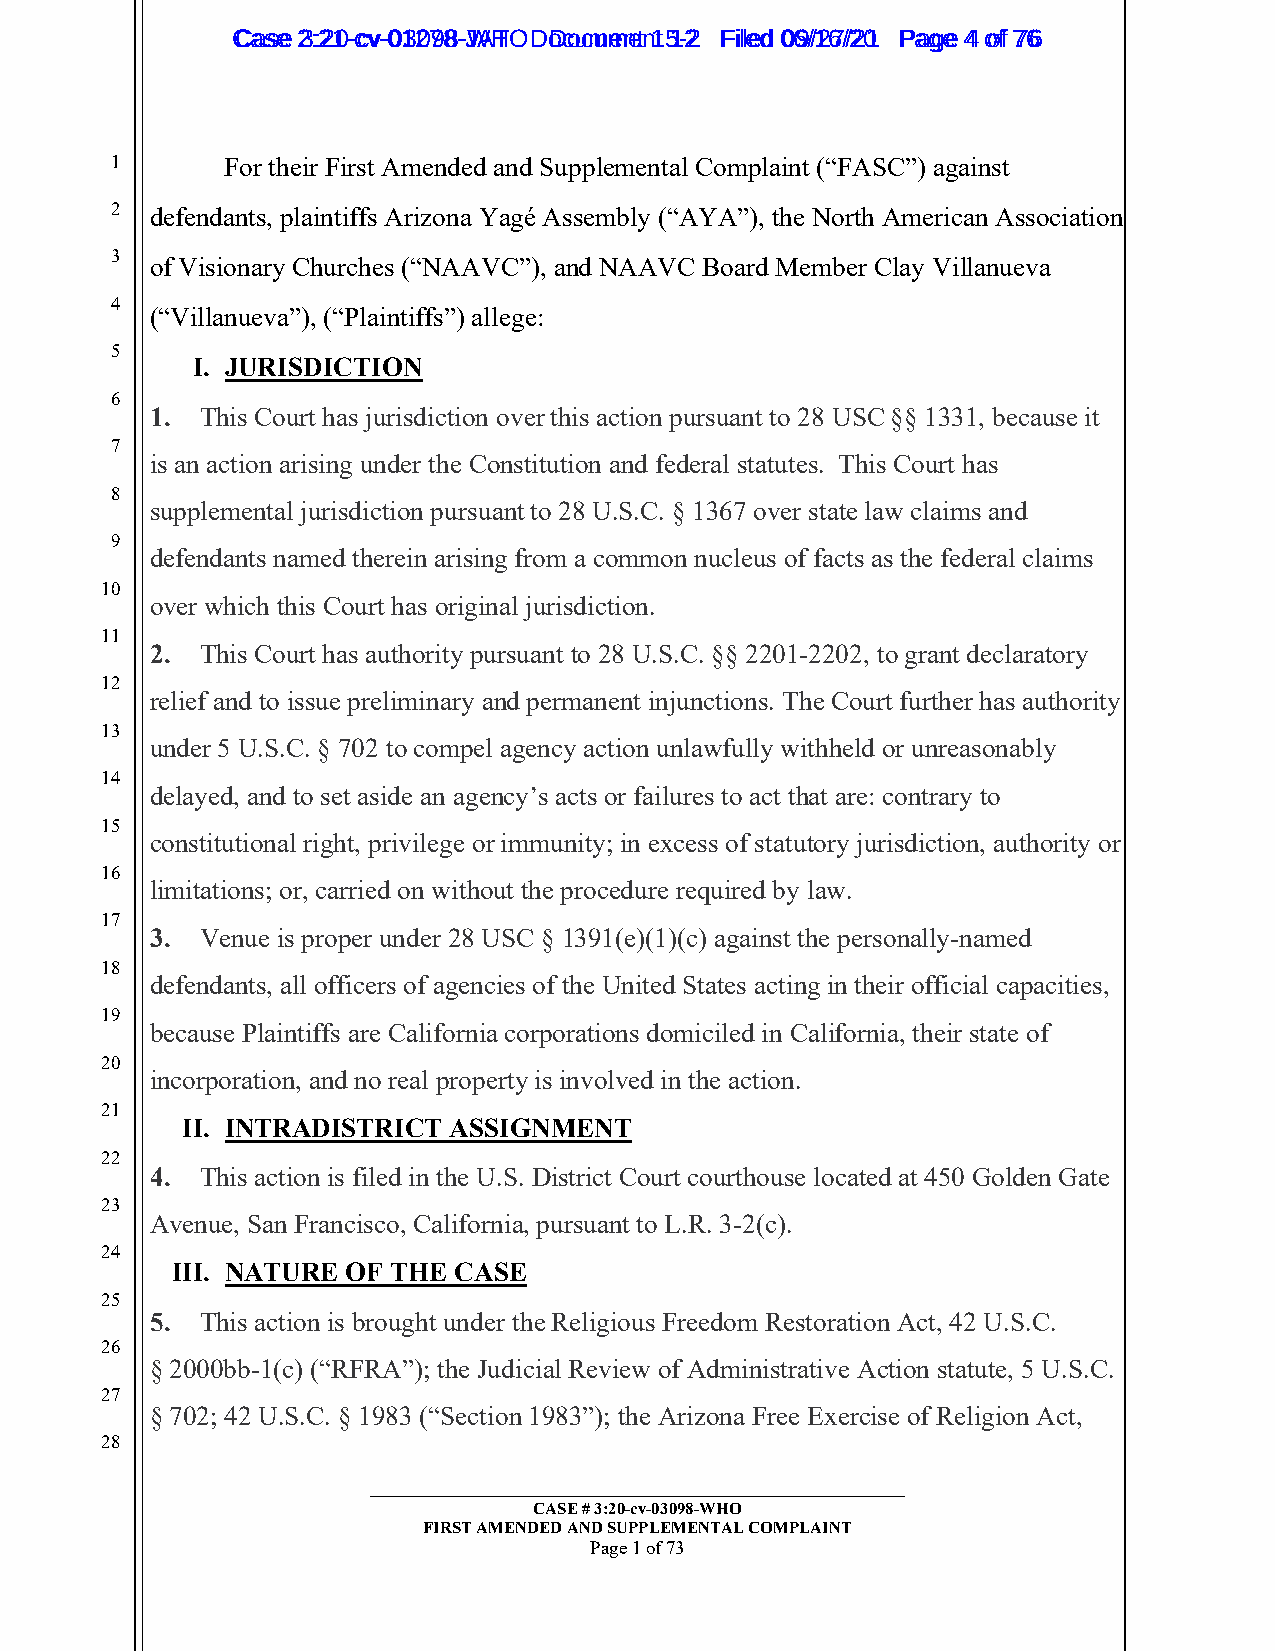
CCaassee 23::2210--ccvv--0013207988--JWAHT O D oDcoucmumenetn 1t 51-22 FFiilleedd 0069//1267//2201 PPaaggee 44 ooff 7766
 1       For their First Amended and Supplemental Complaint (“FASC”) against
 2  defendants, plaintiffs Arizona Yagé Assembly (“AYA”), the North American Association
 3
 of Visionary Churches (“NAAVC”), and NAAVC Board Member Clay Villanueva
 4
 (“Villanueva”), (“Plaintiffs”) allege:
 5
 I. JURISDICTION
 6
 1. This Court has jurisdiction over this action pursuant to 28 USC §§ 1331, because it
 7
 is an action arising under the Constitution and federal statutes. This Court has
 8
 supplemental jurisdiction pursuant to 28 U.S.C. § 1367 over state law claims and
 9
 defendants named therein arising from a common nucleus of facts as the federal claims
 10
 over which this Court has original jurisdiction.
 11
 2. This Court has authority pursuant to 28 U.S.C. §§ 2201-2202, to grant declaratory
 12
 relief and to issue preliminary and permanent injunctions. The Court further has authority
 13
 under 5 U.S.C. § 702 to compel agency action unlawfully withheld or unreasonably
 14
 delayed, and to set aside an agency’s acts or failures to act that are: contrary to
 15
 constitutional right, privilege or immunity; in excess of statutory jurisdiction, authority or
 16
 limitations; or, carried on without the procedure required by law.
 17
 3. Venue is proper under 28 USC § 1391(e)(1)(c) against the personally-named
 18
 defendants, all officers of agencies of the United States acting in their official capacities,
 19
 because Plaintiffs are California corporations domiciled in California, their state of
 20
 incorporation, and no real property is involved in the action.
 21
 II. INTRADISTRICT ASSIGNMENT
 22
 4. This action is filed in the U.S. District Court courthouse located at 450 Golden Gate
 23
 Avenue, San Francisco, California, pursuant to L.R. 3-2(c).
 24
 III. NATURE OF THE CASE
 25
 5. This action is brought under the Religious Freedom Restoration Act, 42 U.S.C.
 26
 § 2000bb-1(c) (“RFRA”); the Judicial Review of Administrative Action statute, 5 U.S.C.
 27
 § 702; 42 U.S.C. § 1983 (“Section 1983”); the Arizona Free Exercise of Religion Act,
 28
 _________________________________________________________
 CASE # 3:20-cv-03098-WHO
 FIRST AMENDED AND SUPPLEMENTAL COMPLAINT
 Page 1 of 73